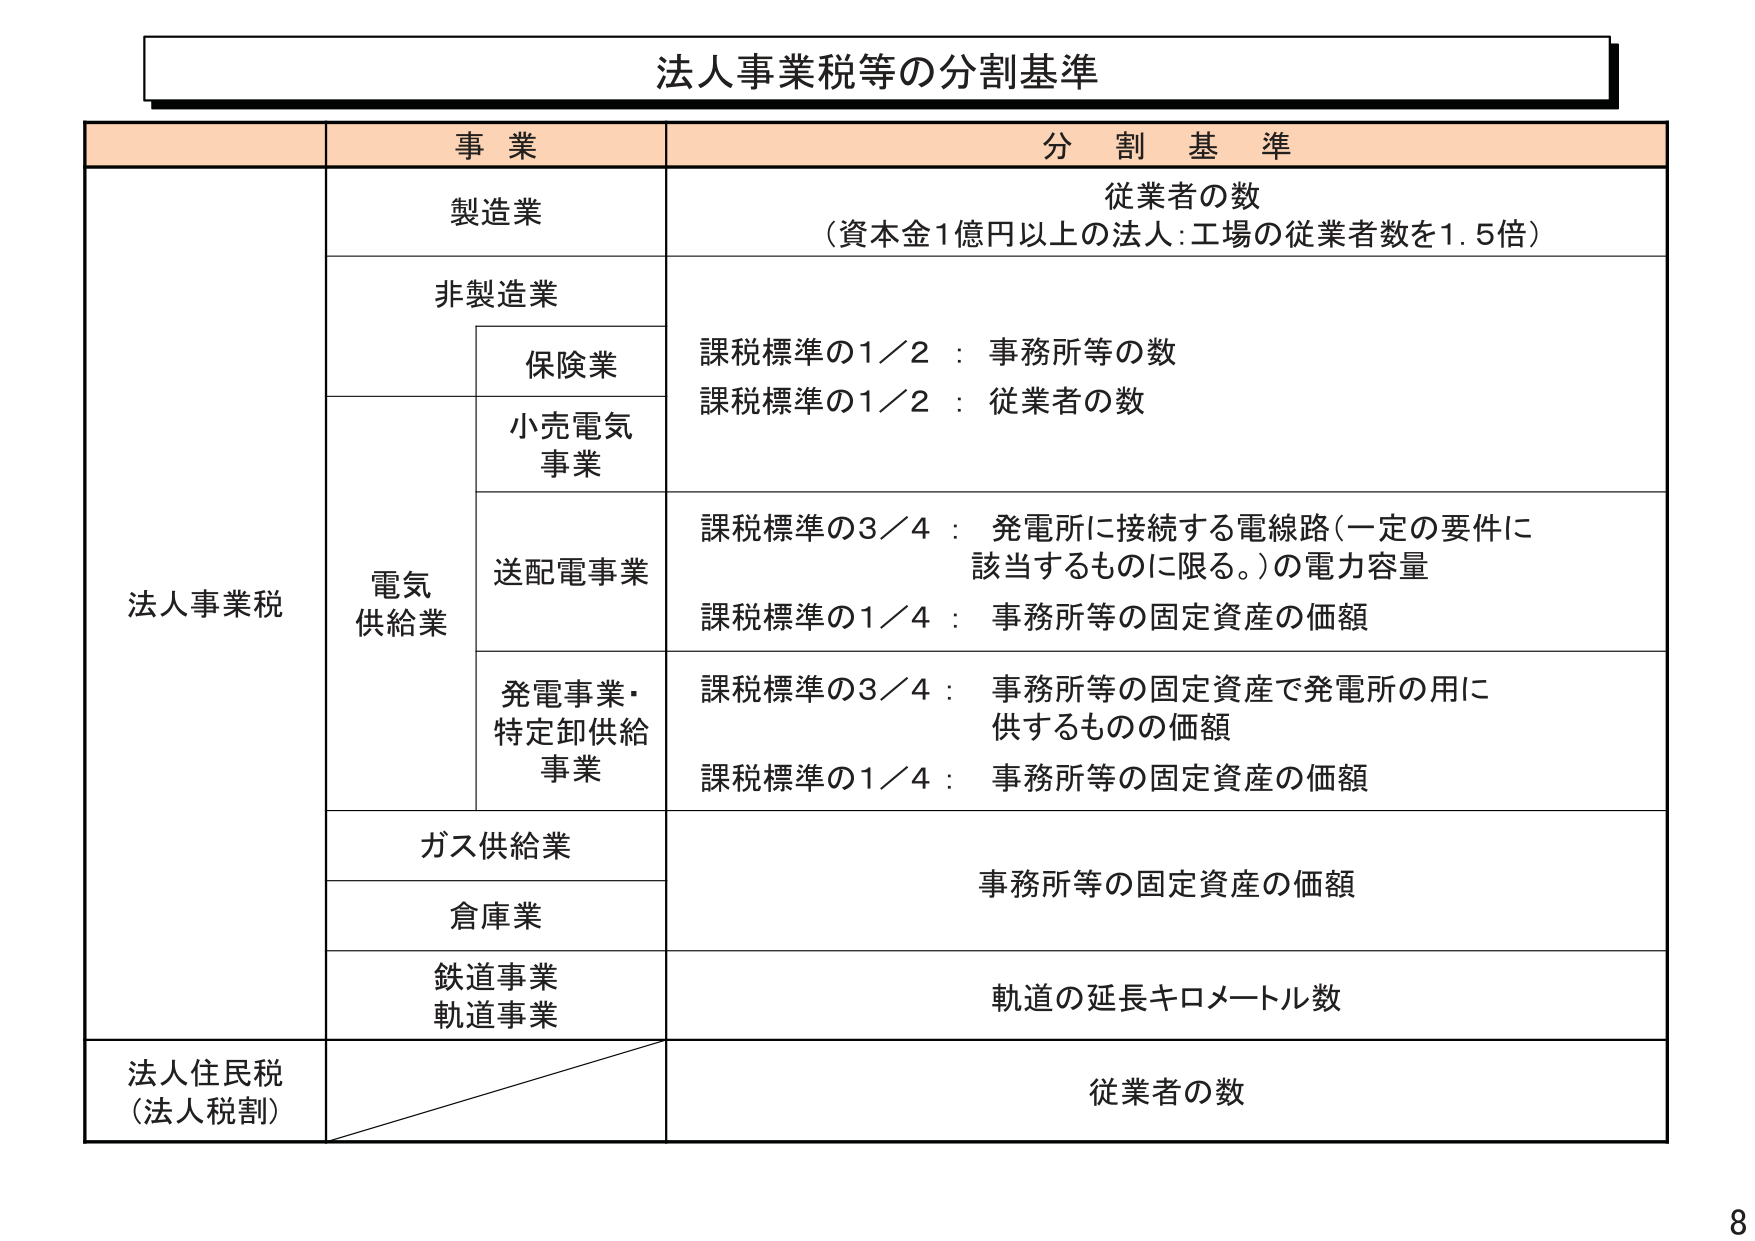
法人事業税等の分割基準

事 業　　　　　　　　　　　　　　　　　　　　　　　　　　分 割 基 準

法人事業税